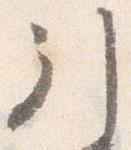
引